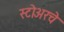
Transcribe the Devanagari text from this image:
स्टोअरचे